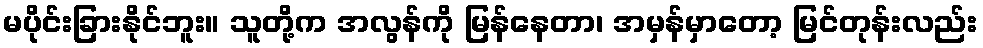
မပိုင်းခြားနိုင်ဘူး။ သူတို့က အလွန်ကို မြန်နေတာ၊ အမှန်မှာတော့ မြင်တုန်းလည်း